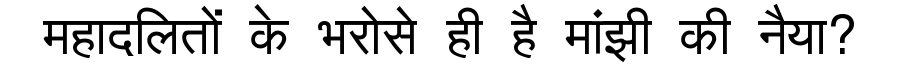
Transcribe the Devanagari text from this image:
महादलितों के भरोसे ही है मांझी की नैया?